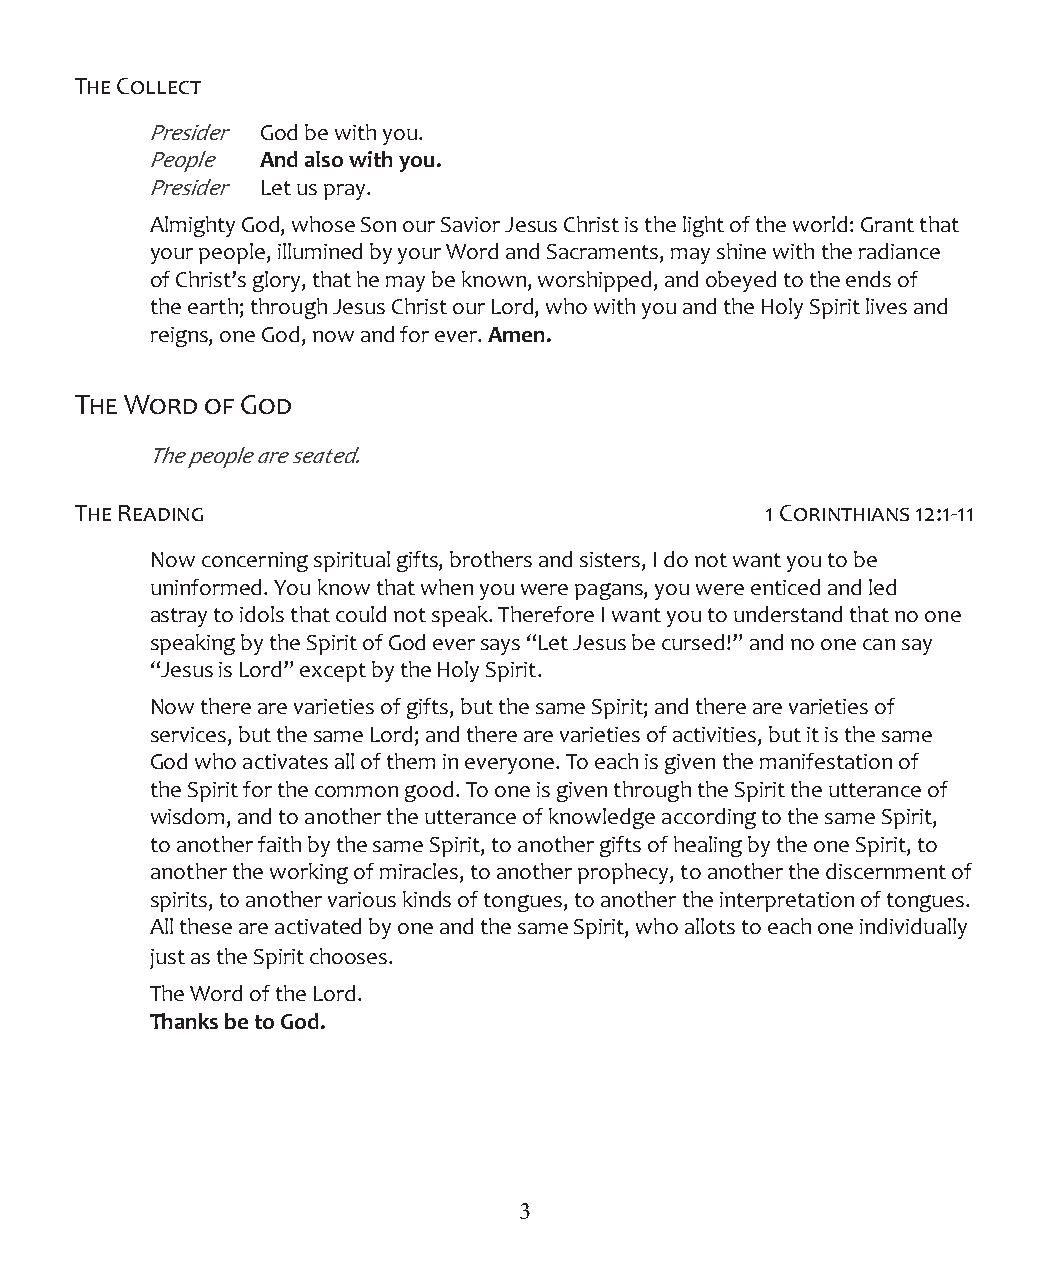
The Collect
 Presider God be with you.
 People And also with you.
 Presider Let us pray.
 Almighty God, whose Son our Savior Jesus Christ is the light of the world: Grant that
 your people, illumined by your Word and Sacraments, may shine with the radiance
 of Christ’s glory, that he may be known, worshipped, and obeyed to the ends of
 the earth; through Jesus Christ our Lord, who with you and the Holy Spirit lives and
 reigns, one God, now and for ever. Amen.
 The Word of God
 The people are seated.
 The Reading                                   1 Corinthians 12:1-11
 Now concerning spiritual gifts, brothers and sisters, I do not want you to be
 uninformed. You know that when you were pagans, you were enticed and led
 astray to idols that could not speak. Therefore I want you to understand that no one
 speaking by the Spirit of God ever says “Let Jesus be cursed!” and no one can say
 “Jesus is Lord” except by the Holy Spirit.
 Now there are varieties of gifts, but the same Spirit; and there are varieties of
 services, but the same Lord; and there are varieties of activities, but it is the same
 God who activates all of them in everyone. To each is given the manifestation of
 the Spirit for the common good. To one is given through the Spirit the utterance of
 wisdom, and to another the utterance of knowledge according to the same Spirit,
 to another faith by the same Spirit, to another gifts of healing by the one Spirit, to
 another the working of miracles, to another prophecy, to another the discernment of
 spirits, to another various kinds of tongues, to another the interpretation of tongues.
 All these are activated by one and the same Spirit, who allots to each one individually
 just as the Spirit chooses.
 The Word of the Lord.
 Thanks be to God.
 3